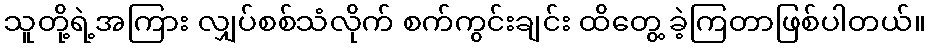
သူတို့ရဲ့အကြား လျှပ်စစ်သံလိုက် စက်ကွင်းချင်း ထိတွေ့ ခဲ့ကြတာဖြစ်ပါတယ်။